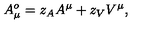
A _ { \mu } ^ { o } = z _ { A } A ^ { \mu } + z _ { V } V ^ { \mu } ,